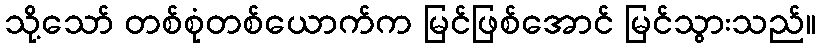
သို့သော် တစ်စုံတစ်ယောက်က မြင်ဖြစ်အောင် မြင်သွားသည်။